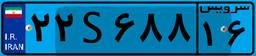
۶۹S۱۱۱۹۰